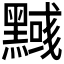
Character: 𪒃